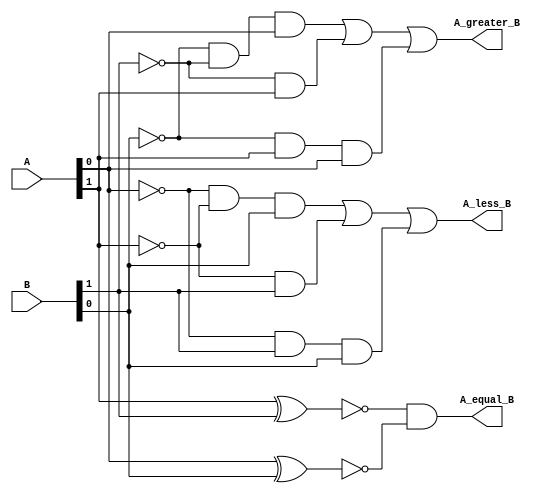
module pes_comparator(input [1:0] A,B, output A_less_B, A_equal_B, A_greater_B);  
 wire tmp1,tmp2,tmp3,tmp4,tmp5, tmp6, tmp7, tmp8;  
 // A = B output   
 xnor u1(tmp1,A[1],B[1]);  
 xnor u2(tmp2,A[0],B[0]);  
 and u3(A_equal_B,tmp1,tmp2);  
 // A less than B output   
 assign tmp3 = (~A[0])& (~A[1])& B[0];  
 assign tmp4 = (~A[1])& B[1];  
 assign tmp5 = (~A[0])& B[1]& B[0];  
 assign A_less_B = tmp3 | tmp4 | tmp5;  
 // A greater than B output   
 assign tmp6 = (~B[0])& (~B[1])& A[0];  
 assign tmp7 = (~B[1])& A[1];  
 assign tmp8 = (~B[0])& A[1]& A[0];  
 assign A_greater_B = tmp6 | tmp7 | tmp8;  
 endmodule